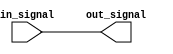
module io_buffer (
    input in_signal,
    output out_signal
);

assign out_signal = in_signal;

endmodule